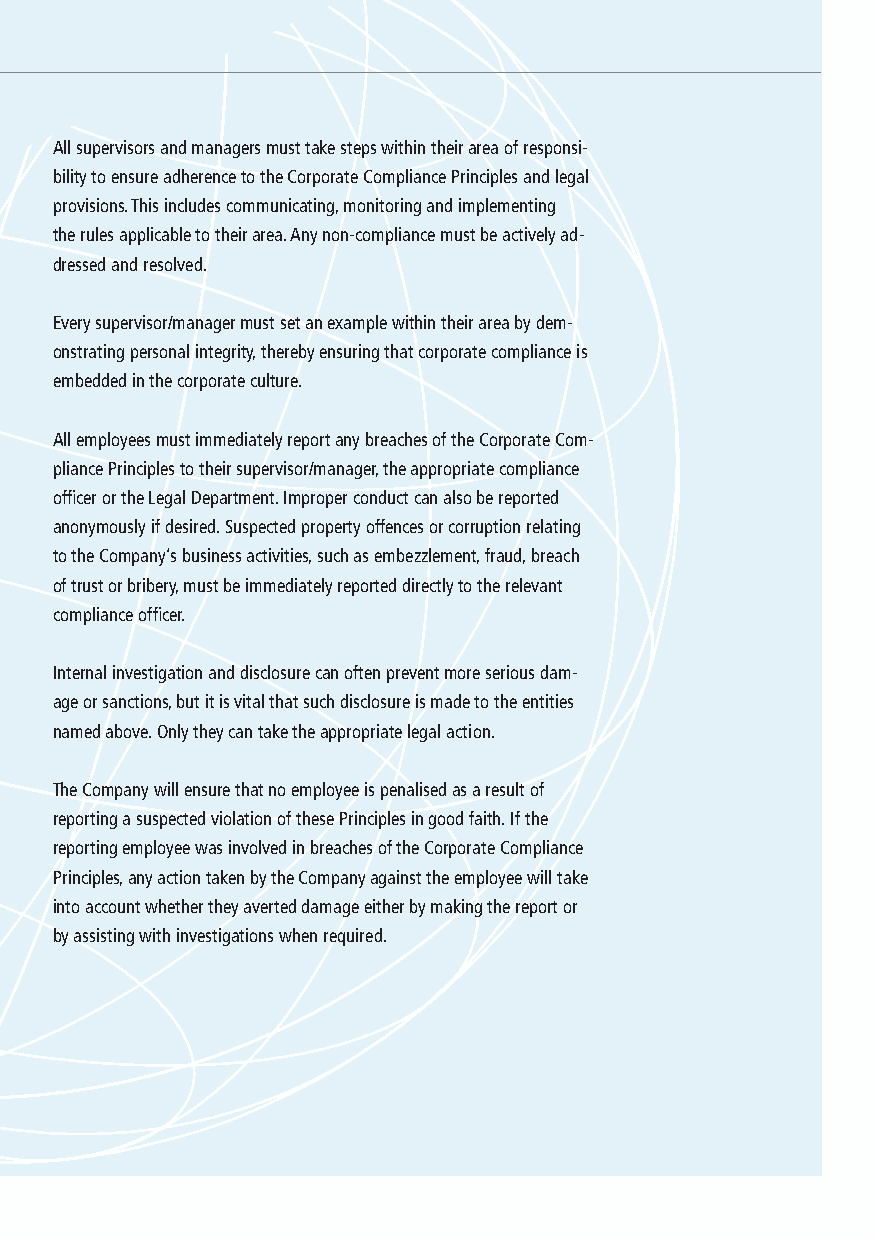
All supervisors and managers must take steps within their area of responsi-
 bility to ensure adherence to the Corporate Compliance Principles and legal
 provisions. This includes communicating, monitoring and implementing
 the rules applicable to their area. Any non-compliance must be actively ad-
 dressed and resolved.
 Every supervisor/manager must set an example within their area by dem-
 onstrating personal integrity, thereby ensuring that corporate compliance is
 embedded in the corporate culture.
 All employees must immediately report any breaches of the Corporate Com-
 pliance Principles to their supervisor/manager, the appropriate compliance
 officer or the Legal Department. Improper conduct can also be reported
 anonymously if desired. Suspected property offences or corruption relating
 to the Company’s business activities, such as embezzlement, fraud, breach
 of trust or bribery, must be immediately reported directly to the relevant
 compliance officer.
 Internal investigation and disclosure can often prevent more serious dam-
 age or sanctions, but it is vital that such disclosure is made to the entities
 named above. Only they can take the appropriate legal action.
 The Company will ensure that no employee is penalised as a result of
 reporting a suspected violation of these Principles in good faith. If the
 reporting employee was involved in breaches of the Corporate Compliance
 Principles, any action taken by the Company against the employee will take
 into account whether they averted damage either by making the report or
 by assisting with investigations when required.